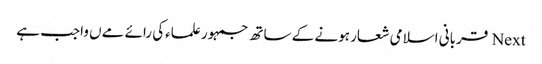
Next قربانی اسلامی شعار ہونے کے ساتھ جمہور علماءکی رائے مےں واجب ہے